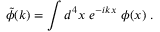
\tilde { \phi } ( k ) = \int d ^ { 4 } x \ e ^ { - i k x } \ \phi ( x ) ~ .